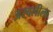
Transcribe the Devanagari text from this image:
अरवलीला